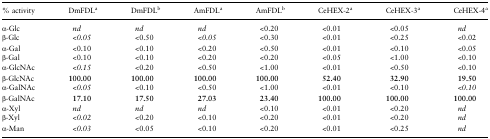
<table><thead><tr><td><b>% activity</b></td><td><b>DmFDL<sup>a</sup></b></td><td><b>DmFDL<sup>b</sup></b></td><td><b>AmFDL<sup>a</sup></b></td><td><b>AmFDL<sup>b</sup></b></td><td><b>CeHEX-2<sup>a</sup></b></td><td><b>CeHEX-3<sup>a</sup></b></td><td><b>CeHEX-4<sup>a</sup></b></td></tr></thead><tbody><tr><td>α-Glc</td><td><i>nd</i></td><td><i>nd</i></td><td><i>nd</i></td><td>&lt;0.20</td><td>&lt;0.01</td><td>&lt;0.05</td><td><i>nd</i></td></tr><tr><td>β-Glc</td><td><i>&lt;0.05</i></td><td>&lt;0.50</td><td><i>&lt;0.05</i></td><td>&lt;0.30</td><td>&lt;0.01</td><td>&lt;0.25</td><td>&lt;0.02</td></tr><tr><td>α-Gal</td><td>&lt;0.10</td><td>&lt;0.10</td><td>&lt;0.20</td><td>&lt;0.50</td><td>&lt;0.01</td><td>&lt;0.10</td><td>&lt;0.05</td></tr><tr><td>β-Gal</td><td>&lt;0.10</td><td>&lt;0.10</td><td>&lt;0.20</td><td>&lt;0.20</td><td>&lt;0.05</td><td>&lt;1.00</td><td>&lt;0.10</td></tr><tr><td>α-GlcNAc</td><td><i>&lt;0.15</i></td><td>&lt;0.20</td><td>&lt;0.50</td><td>&lt;1.00</td><td>&lt;0.01</td><td>&lt;0.50</td><td>&lt;0.10</td></tr><tr><td>β-GlcNAc</td><td><b>100.00</b></td><td><b>100.00</b></td><td><b>100.00</b></td><td><b>100.00</b></td><td><b>52.40</b></td><td><b>32.90</b></td><td><b>19.50</b></td></tr><tr><td>α-GalNAc</td><td><i>&lt;0.05</i></td><td>&lt;0.10</td><td>&lt;0.50</td><td>&lt;1.00</td><td>&lt;0.01</td><td>&lt;0.10</td><td><i>&lt;0.10</i></td></tr><tr><td>β-GalNAc</td><td><b>17.10</b></td><td><b>17.50</b></td><td><b>27.03</b></td><td><b>23.40</b></td><td><b>100.00</b></td><td><b>100.00</b></td><td><b>100.00</b></td></tr><tr><td>α-Xyl</td><td><i>nd</i></td><td><i>nd</i></td><td><i>nd</i></td><td>&lt;0.10</td><td>&lt;0.01</td><td>&lt;0.20</td><td><i>nd</i></td></tr><tr><td>β-Xyl</td><td><i>&lt;0.02</i></td><td>&lt;0.20</td><td>&lt;0.10</td><td>&lt;0.20</td><td>&lt;0.01</td><td>&lt;0.20</td><td><i>nd</i></td></tr><tr><td>α-Man</td><td><i>&lt;0.03</i></td><td>&lt;0.05</td><td>&lt;0.10</td><td>&lt;0.20</td><td>&lt;0.01</td><td>&lt;0.25</td><td><i>nd</i></td></tr></tbody></table>